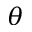
\theta